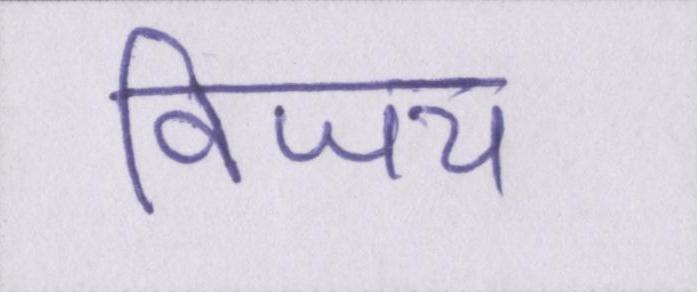
विजय